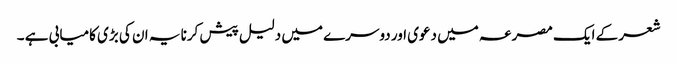
شعر کے ایک مصرعہ میں دعوی اور دوسرے میں دلیل پیش کرنا یہ ان کی بڑی کامیابی ہے ۔